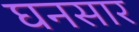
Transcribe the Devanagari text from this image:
घनसार